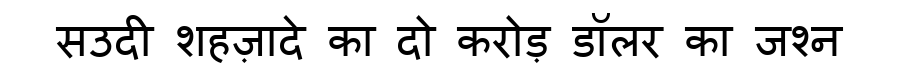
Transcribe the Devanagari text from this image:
सउदी शहज़ादे का दो करोड़ डॉलर का जश्न